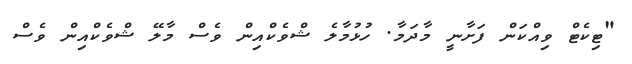
"ޓިކެޓް ވިއްކަން ފަށާނީ މާދަމާ. ހުޅުމާލެ ޝްވެކްއިން ވެސް މާލޭ ޝްވެކްއިން ވެސް